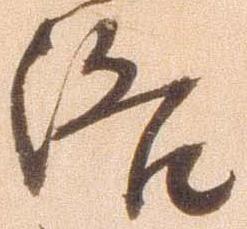
洛